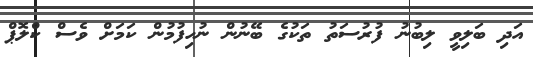
އަދި ބަލިވީ ލިބުނު ފުރުސަތު ތަކުގެ ބޭނުން ނުހިފުމުން ކަމަށް ވެސް ކްލޮޕް